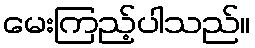
မေးကြည့်ပါသည်။